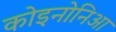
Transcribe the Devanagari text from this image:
कोइनोनिआ